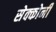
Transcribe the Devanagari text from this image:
सेक्कोनी